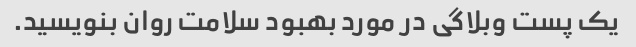
یک پست وبلاگی در مورد بهبود سلامت روان بنویسید.